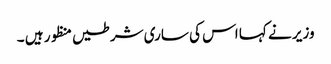
وزیر نے کہا اس کی ساری شرطیں منظور ہیں ۔